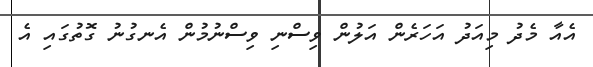
އެއާ މެދު މިއަދު އަހަރެން އަލުން ވިސްނި ވިސްނުމުން އެނގުނު ގޮތުގައި އެ